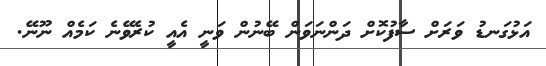
އަޅުގަނޑު ވަރަށް ސާފުކޮށް ދަންނަވަން ބޭނުން ވަނީ އެއީ ކުރެވޭނެ ކަމެއް ނޫނޭ.